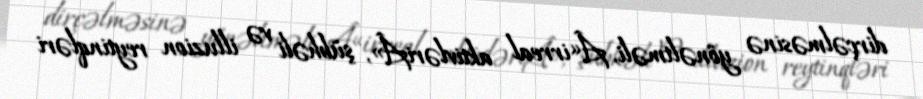
dirçəlməsinə yönəltməli, Â«irreal aktivləriÂ», şübhəli və illuzion reytinqləri